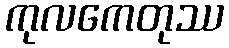
ကုလကေတုဿ